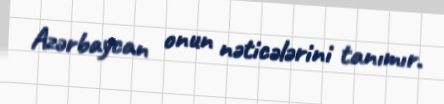
Azərbaycan onun nəticələrini tanımır.